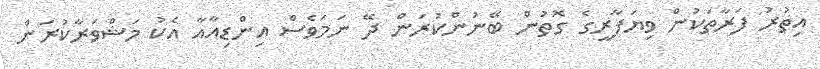
އިތުރު ފަރާތަކުން ވިޔަފާރީގެ ގޮތުން ބޭނުންކުރަން ދޭ ނަމަވެސް އިންޑިއާއާ އެކު މަޝްވަރާކުރަން